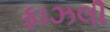
ફાઝલી